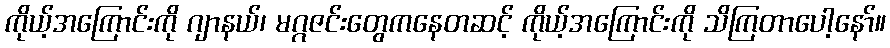
ကိုယ့်အကြောင်းကို ဂျာနယ်၊ မဂ္ဂဇင်းတွေကနေတဆင့် ကိုယ့်အကြောင်းကို သိကြတာပေါ့နော်။